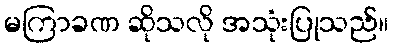
မကြာခဏ ဆိုသလို အသုံးပြုသည်။